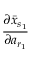
\frac { \partial \bar { x } _ { s _ { 1 } } } { \partial a _ { r _ { 1 } } }